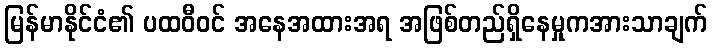
မြန်မာနိုင်ငံ၏ ပထဝီဝင် အနေအထားအရ အဖြစ်တည်ရှိနေမှုကအားသာချက်